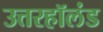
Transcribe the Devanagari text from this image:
उत्तरहॉलंड